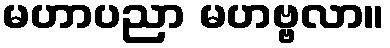
မဟာပညာ မဟဗ္ဗလာ။